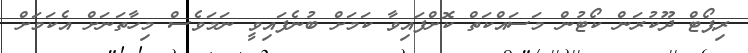
ރިޕޯޓް ދޫކުރަން ކޯޓުން މަސައްކަތް ކޮށްފައިވާ ކަމަށް ބުނެފައިވީ ނަމަވެސް މިހާތަނަށް އެކަމަށް